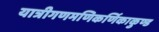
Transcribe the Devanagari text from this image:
यात्रीगणमणिकर्णिकाकुण्ड